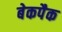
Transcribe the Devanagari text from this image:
बेकपैक